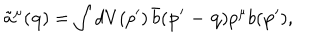
LaTeX: \tilde { a } ^ { \mu } ( { \mathbf { q } } ) = \int d V ( p ^ { \prime } ) \, \bar { b } ( { \mathbf { p ^ { \prime } - q } } ) p ^ { \mu } b ( { \mathbf { p ^ { \prime } } } ) ,